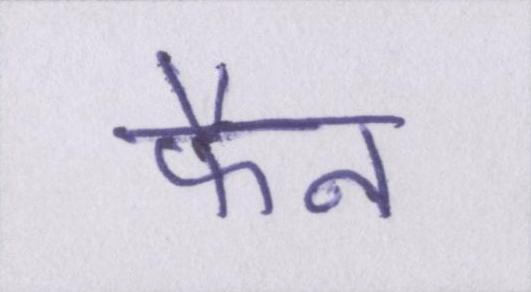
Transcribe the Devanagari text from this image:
फैन